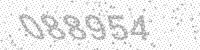
Solution: 088954